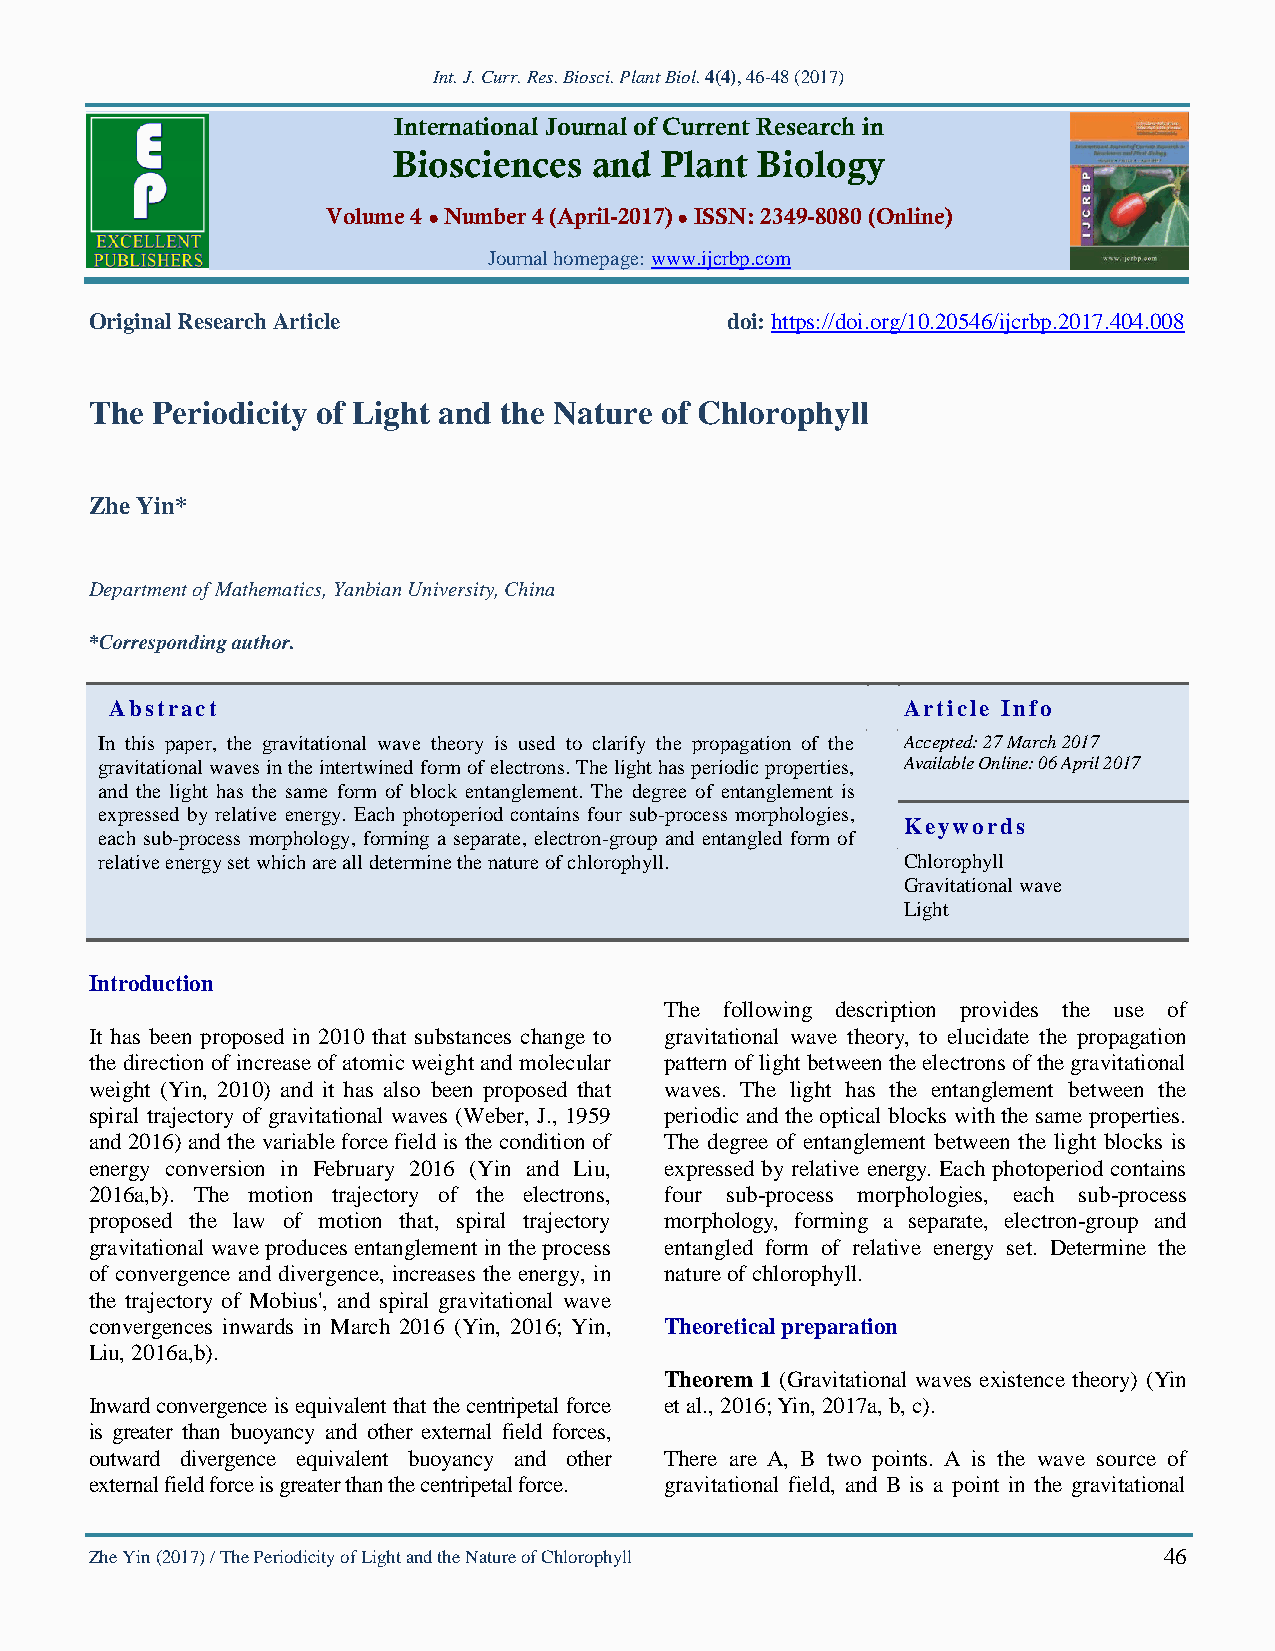
Int. J. Curr. Res. Biosci. Plant Biol. 4(4), 46-48 (2017)
 International Journal of Current Research in
 Biosciences  and  Plant Biology
 Volume 4 ● Number 4 (April-2017) ● ISSN: 2349-8080 (Online)
 Journal homepage: www.ijcrbp.com
 Original Research Article                 doi: https://doi.org/10.20546/ijcrbp.2017.404.008
 The Periodicity of Light and the Nature of Chlorophyll
 Zhe Yin*
 Department of Mathematics, Yanbian University, China
 *Corresponding author.
 Abstract                                             Article Info
 In this paper, the gravitational wave theory is used to clarify the propagation of the Accepted: 27 March 2017
 gravitational waves in the intertwined form of electrons. The light has periodic properties, Available Online: 06 April 2017
 and the light has the same form of block entanglement. The degree of entanglement is
 expressed by relative energy. Each photoperiod contains four sub-process morphologies,
 Keywords
 each sub-process morphology, forming a separate, electron-group and entangled form of
 relative energy set which are all determine the nature of chlorophyll. Chlorophyll
 Gravitational wave
 Light
 Introduction
 The following description provides the use of
 It has been proposed in 2010 that substances change to gravitational wave theory, to elucidate the propagation
 the direction of increase of atomic weight and molecular pattern of light between the electrons of the gravitational
 weight (Yin, 2010) and it has also been proposed that waves. The light has the entanglement between the
 spiral trajectory of gravitational waves (Weber, J., 1959 periodic and the optical blocks with the same properties.
 and 2016) and the variable force field is the condition of The degree of entanglement between the light blocks is
 energy conversion in February 2016 (Yin and Liu, expressed by relative energy. Each photoperiod contains
 2016a,b). The motion trajectory of the electrons, four sub-process morphologies, each sub-process
 proposed the law of motion that, spiral trajectory morphology, forming a separate, electron-group and
 gravitational wave produces entanglement in the process entangled form of relative energy set. Determine the
 of convergence and divergence, increases the energy, in nature of chlorophyll.
 the trajectory of Mobius', and spiral gravitational wave
 convergences inwards in March 2016 (Yin, 2016; Yin, Theoretical preparation
 Liu, 2016a,b).
 Theorem 1 (Gravitational waves existence theory) (Yin
 Inward convergence is equivalent that the centripetal force et al., 2016; Yin, 2017a, b, c).
 is greater than buoyancy and other external field forces,
 outward divergence equivalent buoyancy and other There are A, B two points. A is the wave source of
 external field force is greater than the centripetal force. gravitational field, and B is a point in the gravitational
 Zhe Yin (2017) / The Periodicity of Light and the Nature of Chlorophyll 46